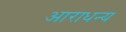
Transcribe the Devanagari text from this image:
आराधन्य